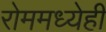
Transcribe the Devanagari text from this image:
रोममध्येही